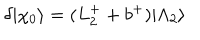
\delta | \chi _ { 0 } \rangle = ( L _ { 2 } ^ { + } + b ^ { + } ) | \Lambda _ { 2 } \rangle